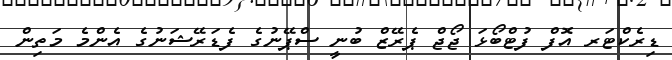
ޑިރެކްޓަރ އޮފް ފުޓްބޯޅަ ޖޯޖް ޕެރޭޒް ބުނީ ސްޕޭނުގެ ފެޑަރޭޝަނުގެ އެންމެ މަތިން